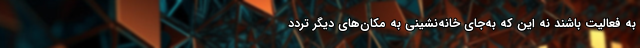
به فعالیت باشند نه این که به‌جای خانه‌نشینی به مکان‌های دیگر تردد